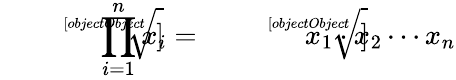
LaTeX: {\sqrt[[objectObject]]{\prod_{i=1}^{n}x_{i}}}={\sqrt[[objectObject]]{x_{1}\cdot x_{2}\dotsb x_{n}}}